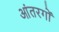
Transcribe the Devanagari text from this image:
आंतरगों